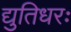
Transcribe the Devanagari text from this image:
द्युतिधरः